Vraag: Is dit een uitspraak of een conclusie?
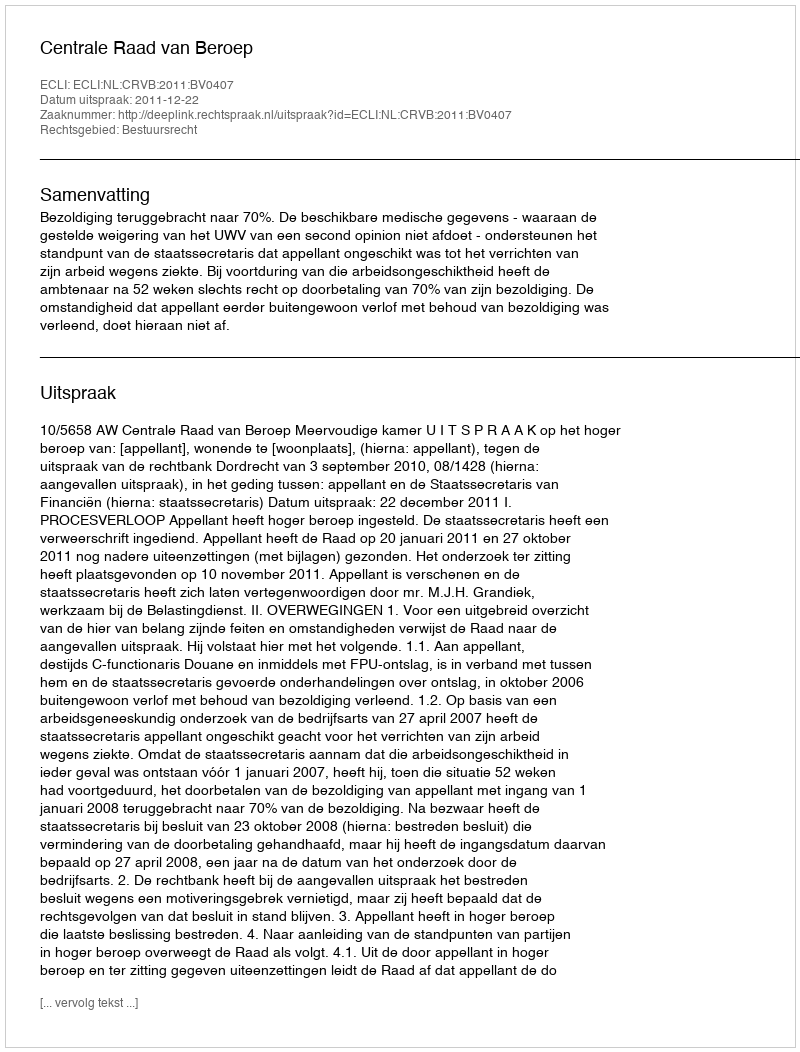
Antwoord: Uitspraak